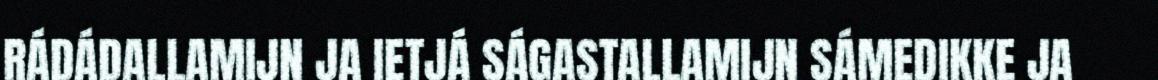
RÁDÁDALLAMIJN JA IETJÁ SÁGASTALLAMIJN SÁMEDIKKE JA